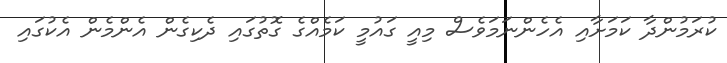
ކުރަމުންދާ ކަމަށާއި އެހެންނަމަވެސް މިއީ ގައުމީ ކަމެއްގެ ގޮތުގައި ދެކިގެން އެންމެން އެކުގައި